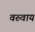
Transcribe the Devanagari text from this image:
वरुवाय